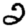
Digit: 2